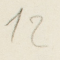
12